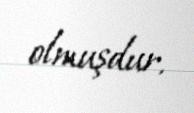
olmuşdur.